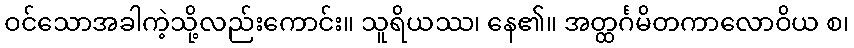
ဝင်သောအခါကဲ့သို့လည်းကောင်း။ သူရိယဿ၊ နေ၏။ အတ္ထင်္ဂမိတကာလောဝိယ စ၊